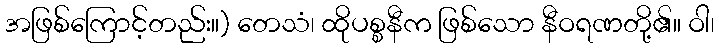
အဖြစ်ကြောင့်တည်း။) တေသံ၊ ထိုပစ္စနီက ဖြစ်သော နီဝရဏတို့၏။ ဝါ၊